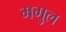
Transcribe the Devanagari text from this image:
मगुल